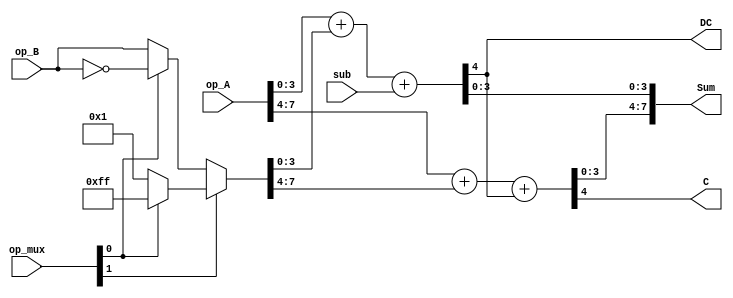
`timescale 1ns / 1ps
//////////////////////////////////////////////////////////////////////////////////
// Company: 
// Engineer: 
// 
// Design Name: 
// Module Name: Adder8
// Project Name: 
// Target Devices: 
// Tool Versions: 
// Description: 
// 
// Dependencies: 
// 
// Revision:
// Revision 0.01 - File Created
// Additional Comments:
// 
//////////////////////////////////////////////////////////////////////////////////


module Adder8(
    input   [7:0]   op_A,
    input   [7:0]   op_B,
    input   [1:0]   op_mux,     // 0: add , 1: sub , 2: inc , 3: dec
    input           sub,
    output  [7:0]   Sum,
    output          C,
    output          DC
    );
    
    wire [7:0] op_B_tmp;
    
    assign op_B_tmp = op_mux[1] ? ((op_mux[0]) ? 8'hff : 8'h01) : ((op_mux[0]) ? ~op_B : op_B);   // dec, inc, sub, add
    
    wire [4:0] Sum_L = {1'b0, op_A[3:0]} + {1'b0, op_B_tmp [3:0]} + sub;
    wire [8:4] Sum_H = {1'b0, op_A[7:4]} + {1'b0, op_B_tmp[7:4]} + Sum_L[4];
    
    assign Sum = {Sum_H[7:4], Sum_L[3:0]};
    assign C   =  Sum_H[8];
    assign DC  =  Sum_L[4];

endmodule